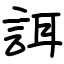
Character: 誀